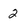
Character: 2